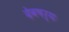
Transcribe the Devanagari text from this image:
देवषर्यः